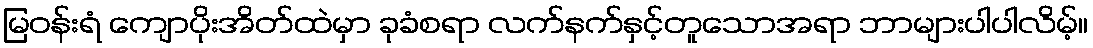
မြဝန်းရံ ကျောပိုးအိတ်ထဲမှာ ခုခံစရာ လက်နက်နှင့်တူသောအရာ ဘာများပါပါလိမ့်။